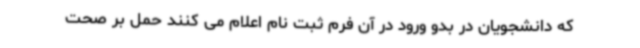
که دانشجویان در بدو ورود در آن فرم ثبت نام اعلام می کنند حمل بر صحت